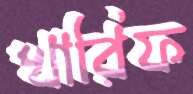
খারিফ